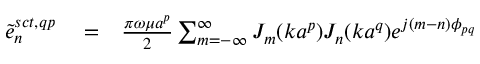
\begin{array} { r l r } { \tilde { e } _ { n } ^ { s c t , q p } } & { { } = } & { { \frac { \pi \omega \mu a ^ { p } } { 2 } } \sum _ { m = - \infty } ^ { \infty } J _ { m } ( k a ^ { p } ) J _ { n } ( k a ^ { q } ) e ^ { j ( m - n ) \phi _ { p q } } } \end{array}